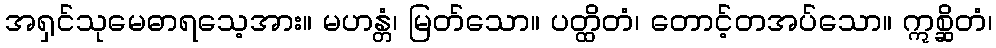
အရှင်သုမေဓာရသေ့အား။ မဟန္တံ၊ မြတ်သော။ ပတ္ထိတံ၊ တောင့်တအပ်သော။ ဣစ္ဆိတံ၊